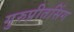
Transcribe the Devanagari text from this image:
गुरुप्रीतसिंग